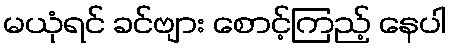
မယုံရင် ခင်ဗျား စောင့်ကြည့် နေပါ